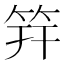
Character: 筓